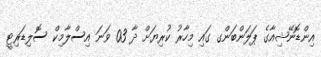
އިންޑޮނޭޝިއާގެ ޕަލަންބަންގ ގައި މިހާރު ކުރިޔަށް ދާ 03 ވަނަ އިސްލާމިކް ސޮލިޑަރިޓީ